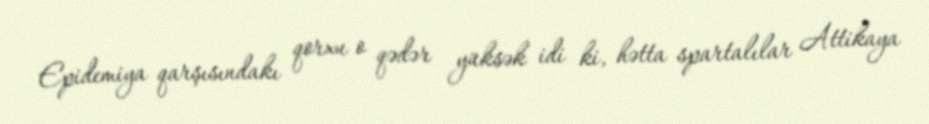
Epidemiya qarşısındakı qorxu o qədər yüksək idi ki, hətta spartalılar Attikaya